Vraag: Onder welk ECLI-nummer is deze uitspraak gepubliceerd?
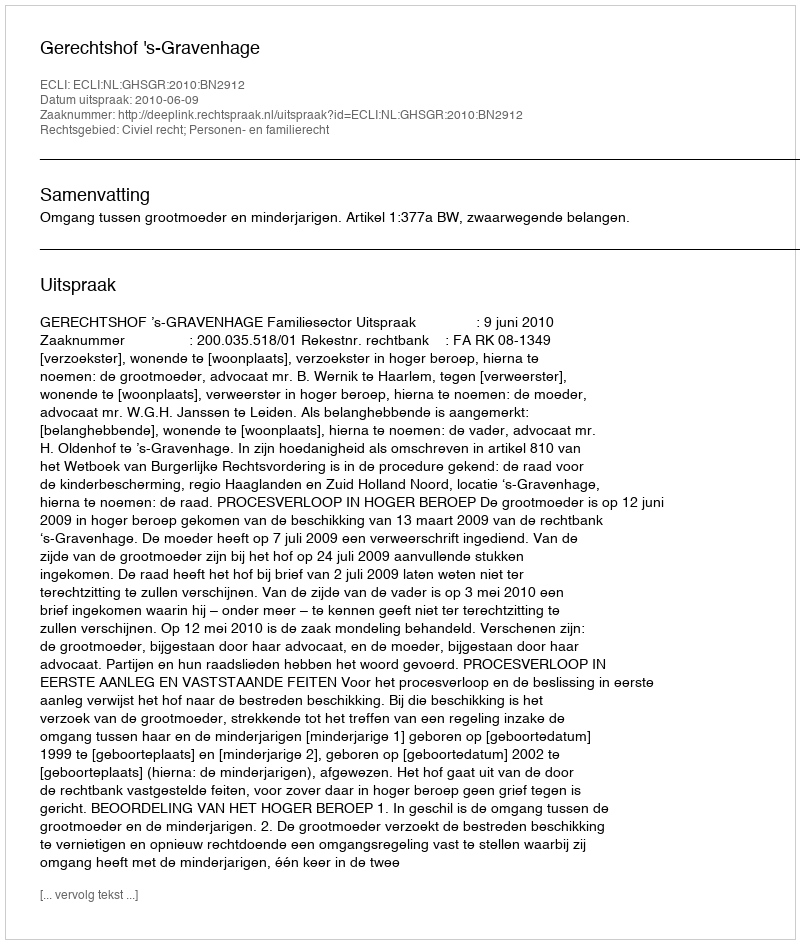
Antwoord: ECLI:NL:GHSGR:2010:BN2912